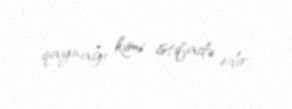
qaynağı kimi istifadə edir.